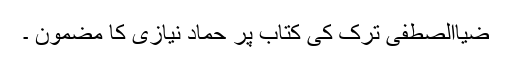
ضیاالصطفی ترک کی کتاب پر حماد نیازی کا مضمون ۔